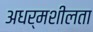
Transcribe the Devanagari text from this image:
अधर्मशीलता